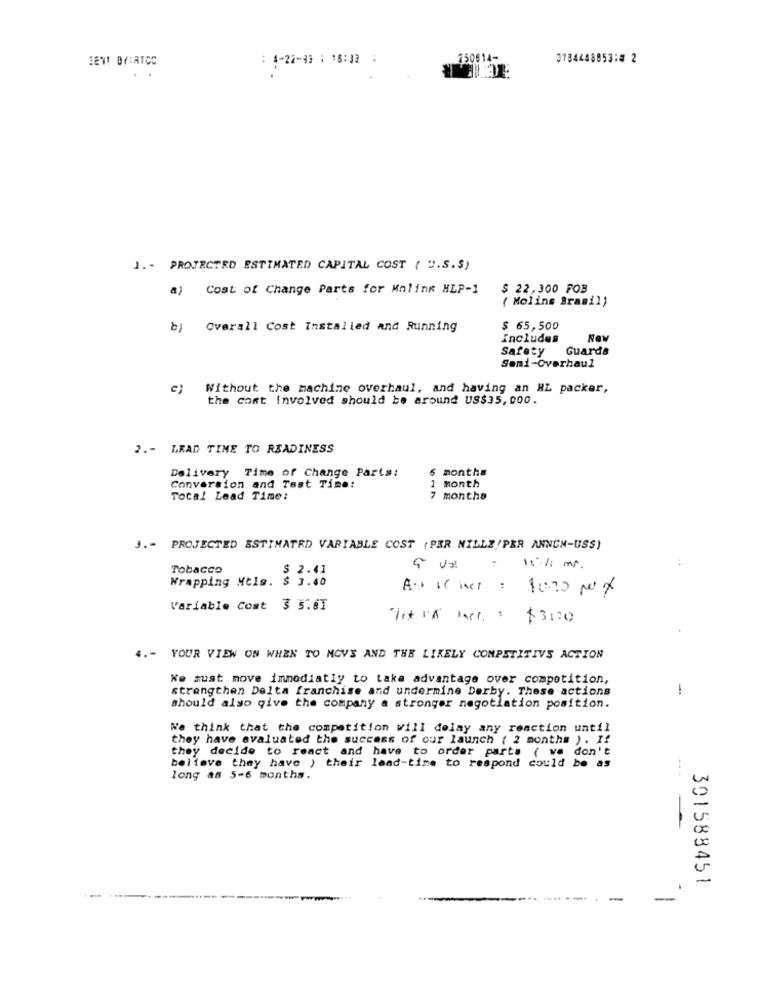
SEN! BY:ATCC
: 4-22-93 : 16:33 :
250614-
3734448853: 2
1. - PROJECTED ESTIMATED CAPITAL COST ( U.S.S)
a) Cost of Change Parts for Molink HLP-1
$ 22,300 FOB
( Molins Brasil)
19
Overall Cost Installed and Running
$ 65,500
Includes
Safety Guarda
Semi-Overhaul
e)
Without the machine overhaul, and having an HL packer,
the cost involved should be around US$35,000.
2 .- LEAD TIME TO READINESS
Delivery Time of Change Parts:
months
Conversion and Test Time:
month
Total Lead Time:
months
J .- PROJECTED ESTIMATED VARIABLE COST (PER NILLE/PER ANNUM-USS)
:
Tobacco
$ 2.41
1:1 mr.
Wrapping Mtlg. $ 3.40
Variable Cost 3 5.8T
Tot in Fact. : $3130
4 .- YOUR VIEW ON WHEN TO MOVE AND THE LIKELY COMPETITIVE ACTION
We must move imnodiatly to take advantage over competition,
strengthen Delta franchise and undermine Derby. These actions
1
should also give the company a stronger negotiation position.
We think that the competition will delay any reaction until
they have evaluated the success of our launch ( 2 months ). If
they decide to react and have to order parts ( we don't
believe they have ) their lead-time to respond could be as
long as 5-6 months.
301588451
.
-
-